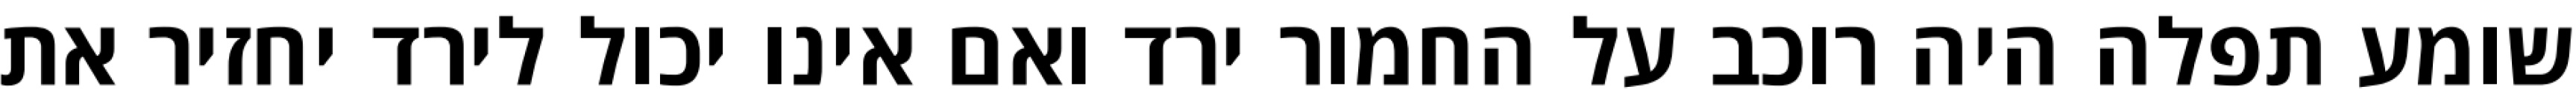
שומע תפלה היה רוכב על החמור ירד ואם אינו יכול לירד יחזיר את